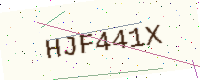
Text: HJF441X